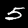
Digit: 5